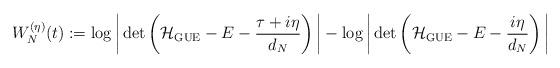
LaTeX: \begin{align*} W^{(\eta)}_{N}(t) := \log\bigg{|}\det\left(\mathcal{H}_{\mathrm{GUE}}-E-\frac{\tau+i\eta}{d_{N}}\right)\bigg{|}-\log\bigg{|}\det\left(\mathcal{H}_{\mathrm{GUE}}-E-\frac{i\eta}{d_{N}}\right)\bigg{|} \end{align*}